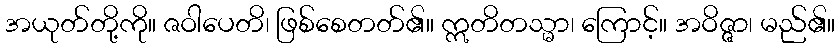
အယုတ်တို့ကို။ ဇဝါပေတိ၊ ဖြစ်စေတတ်၏။ ဣတိတသ္မာ၊ ကြောင့်။ အဝိဇ္ဇာ၊ မည်၏။